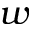
w